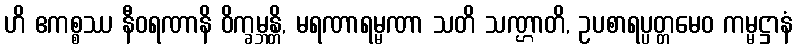
ဟိ ဧကစ္စဿ နီဝရဏာနိ ဝိက္ခမ္ဘန္တိ, မရဏာရမ္မဏာ သတိ သဏ္ဌာတိ, ဥပစာရပ္ပတ္တမေဝ ကမ္မဋ္ဌာနံ